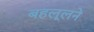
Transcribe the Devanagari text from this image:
बहलूलने